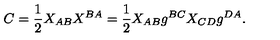
C = { \frac { 1 } { 2 } } X _ { A B } X ^ { B A } = { \frac { 1 } { 2 } } X _ { A B } g ^ { B C } X _ { C D } g ^ { D A } .